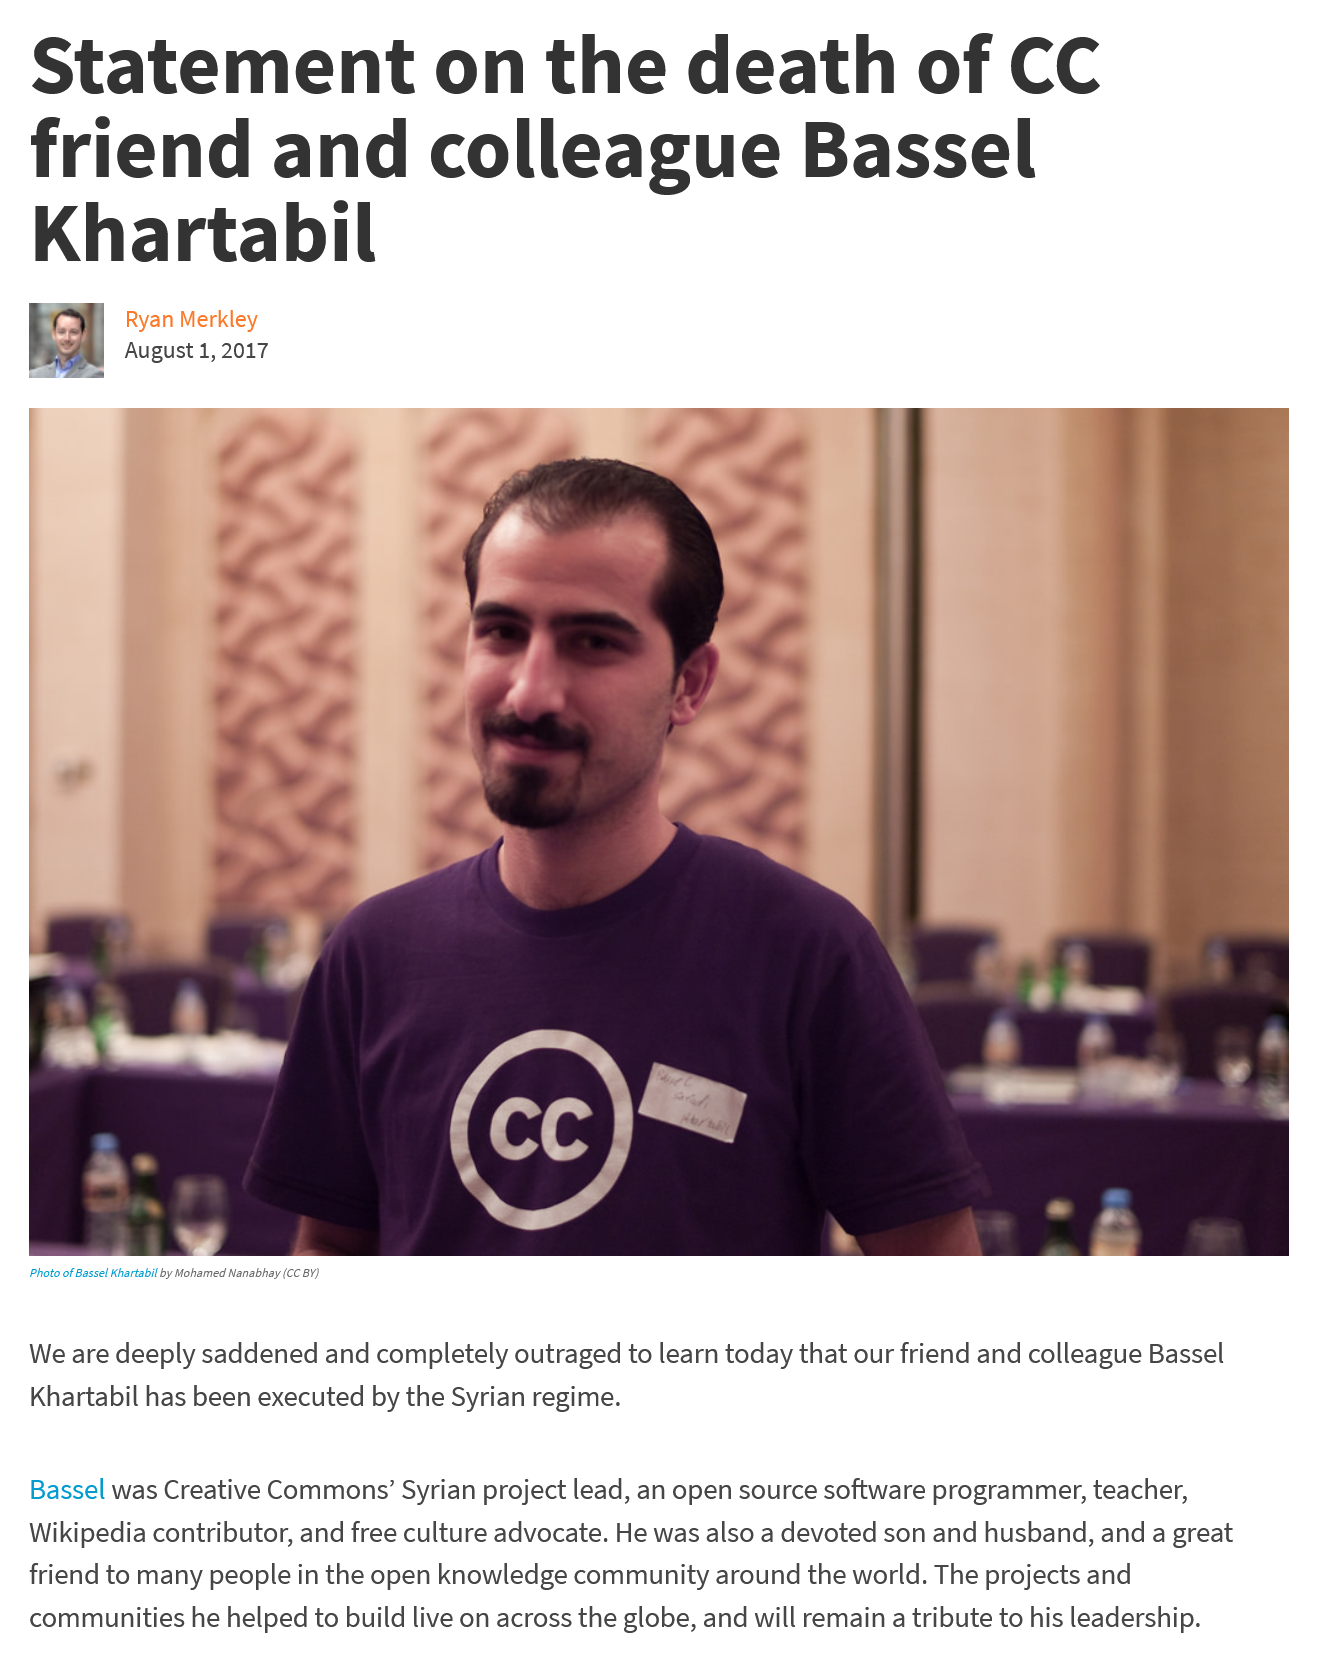
Statement    on    the    death    of    CC
   friend    and    colleague    Bassel
   Khartabil
   We are deeply saddened and completely outraged to learn today that our friend and colleague Bassel
   Khartabil has been executed by the Syrian regime.
   Bassel was Creative Commons’ Syrian project lead, an open source software programmer, teacher,
   Wikipedia contributor, and free culture advocate. He was also a devoted son and husband, and a great
   friend to many people in the open knowledge community around the world. The projects and
   communities he helped to build live on across the globe, and will remain a tribute to his leadership.
     Ryan Merkley
     August 1, 2017